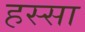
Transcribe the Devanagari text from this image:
हस्सा